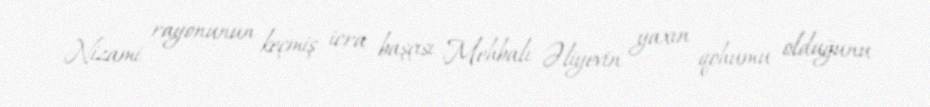
Nizami rayonunun keçmiş icra başçısı Mehbalı Əliyevin yaxın qohumu olduğunu